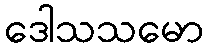
ဒေါသသမော